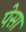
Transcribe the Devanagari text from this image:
पेसा